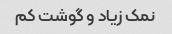
نمک زیاد و گوشت کم